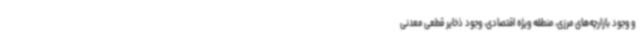
و وجود بازارچه‌های مرزی، منطقه ویژه اقتصادی، وجود ذخایر قطعی معدنی